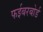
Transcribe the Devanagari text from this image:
फईबरबोर्ड